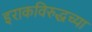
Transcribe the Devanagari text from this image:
इराकविरुद्धच्या